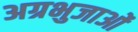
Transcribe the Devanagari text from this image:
अग्रभुजाओं